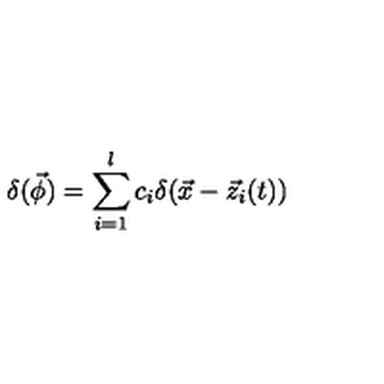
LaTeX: \delta ( \vec { \phi } ) = \sum _ { i = 1 } ^ { l } c _ { i } \delta ( \vec { x } - \vec { z } _ { i } ( t ) )